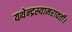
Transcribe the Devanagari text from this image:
यथेन्‍द्रस्‍यामरावती।